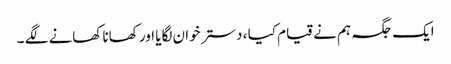
ایک جگہ ہم نے قیام کیا ، دستر خوان لگایا اور کھانا کھانے لگے ۔